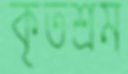
কৃতশ্রম